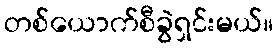
တစ်ယောက်စီခွဲရှင်းမယ်။